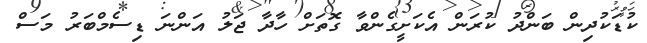
ކުޑަކުދިން ބަންދު ކުރަން އެކަށީގެންވާ ގޮތަށް ހާދާ ޖަލު އަންނަ ޑިސެމްބަރު މަސް